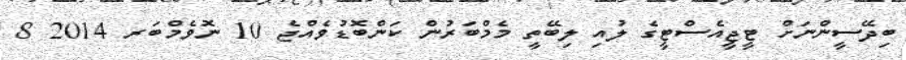
ބިދޭސީންނަށް ޓީޖީއެސްޓީގެ ލުއި ލިބޭތީ މެމްބަރުން ކަންބޮޑުވެއްޖެ 10 ނޮވެމްބަރ 2014 8